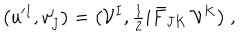
\big ( u ^ { \prime I } , v _ { J } ^ { \prime } \big ) = \big ( { \cal V } ^ { I } , { \textstyle { \frac { 1 } { 2 } } } i \bar { F } _ { J K } \, { \cal V } ^ { K } \big ) \ ,